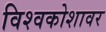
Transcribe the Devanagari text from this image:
विश्वकोशावर